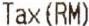
TAX (RM)